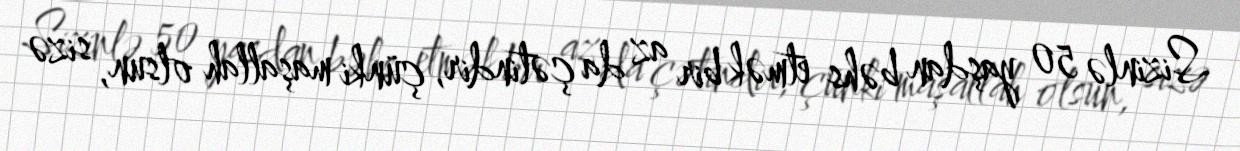
Sizinlə 50 yaşdan bəhs etmək bir az da çətindir, çünki maşallah olsun, sizə